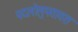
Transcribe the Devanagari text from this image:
पदलोलुपतावश